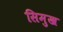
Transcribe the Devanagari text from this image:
सिमुख